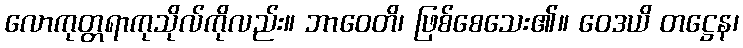
လောကုတ္တရာကုသိုလ်ကိုလည်း။ ဘာဝေတိ၊ ဖြစ်စေသေး၏။ ဝေဒယိ တဋ္ဌေန၊